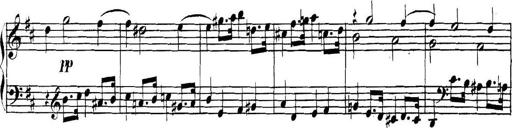
Title: Collected Piano Sonatas
Composer: Muzio Clementi